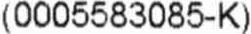
(0005583085-K)